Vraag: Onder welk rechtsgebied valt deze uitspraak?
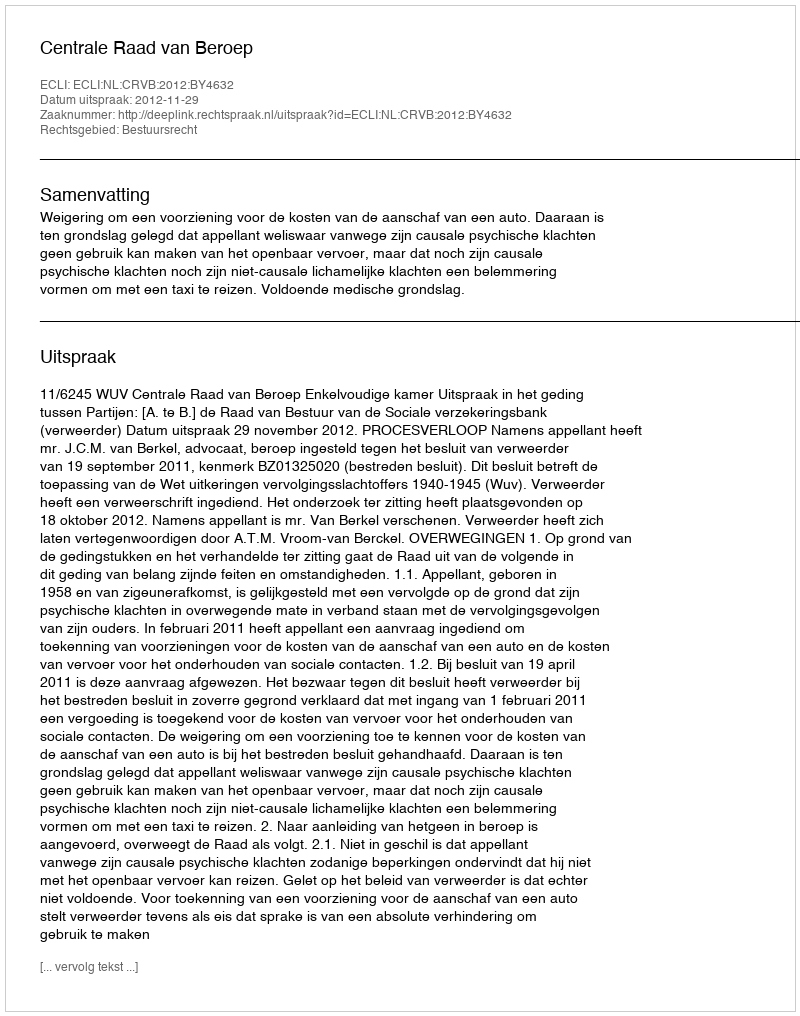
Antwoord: Bestuursrecht